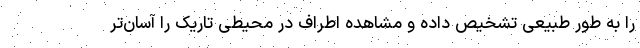
را به طور طبیعی تشخیص داده و مشاهده اطراف در محیطی تاریک را آسان‌تر